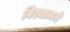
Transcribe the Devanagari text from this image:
विश्वात्मने